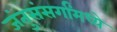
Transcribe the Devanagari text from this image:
जंतुसंसर्गांमध्ये